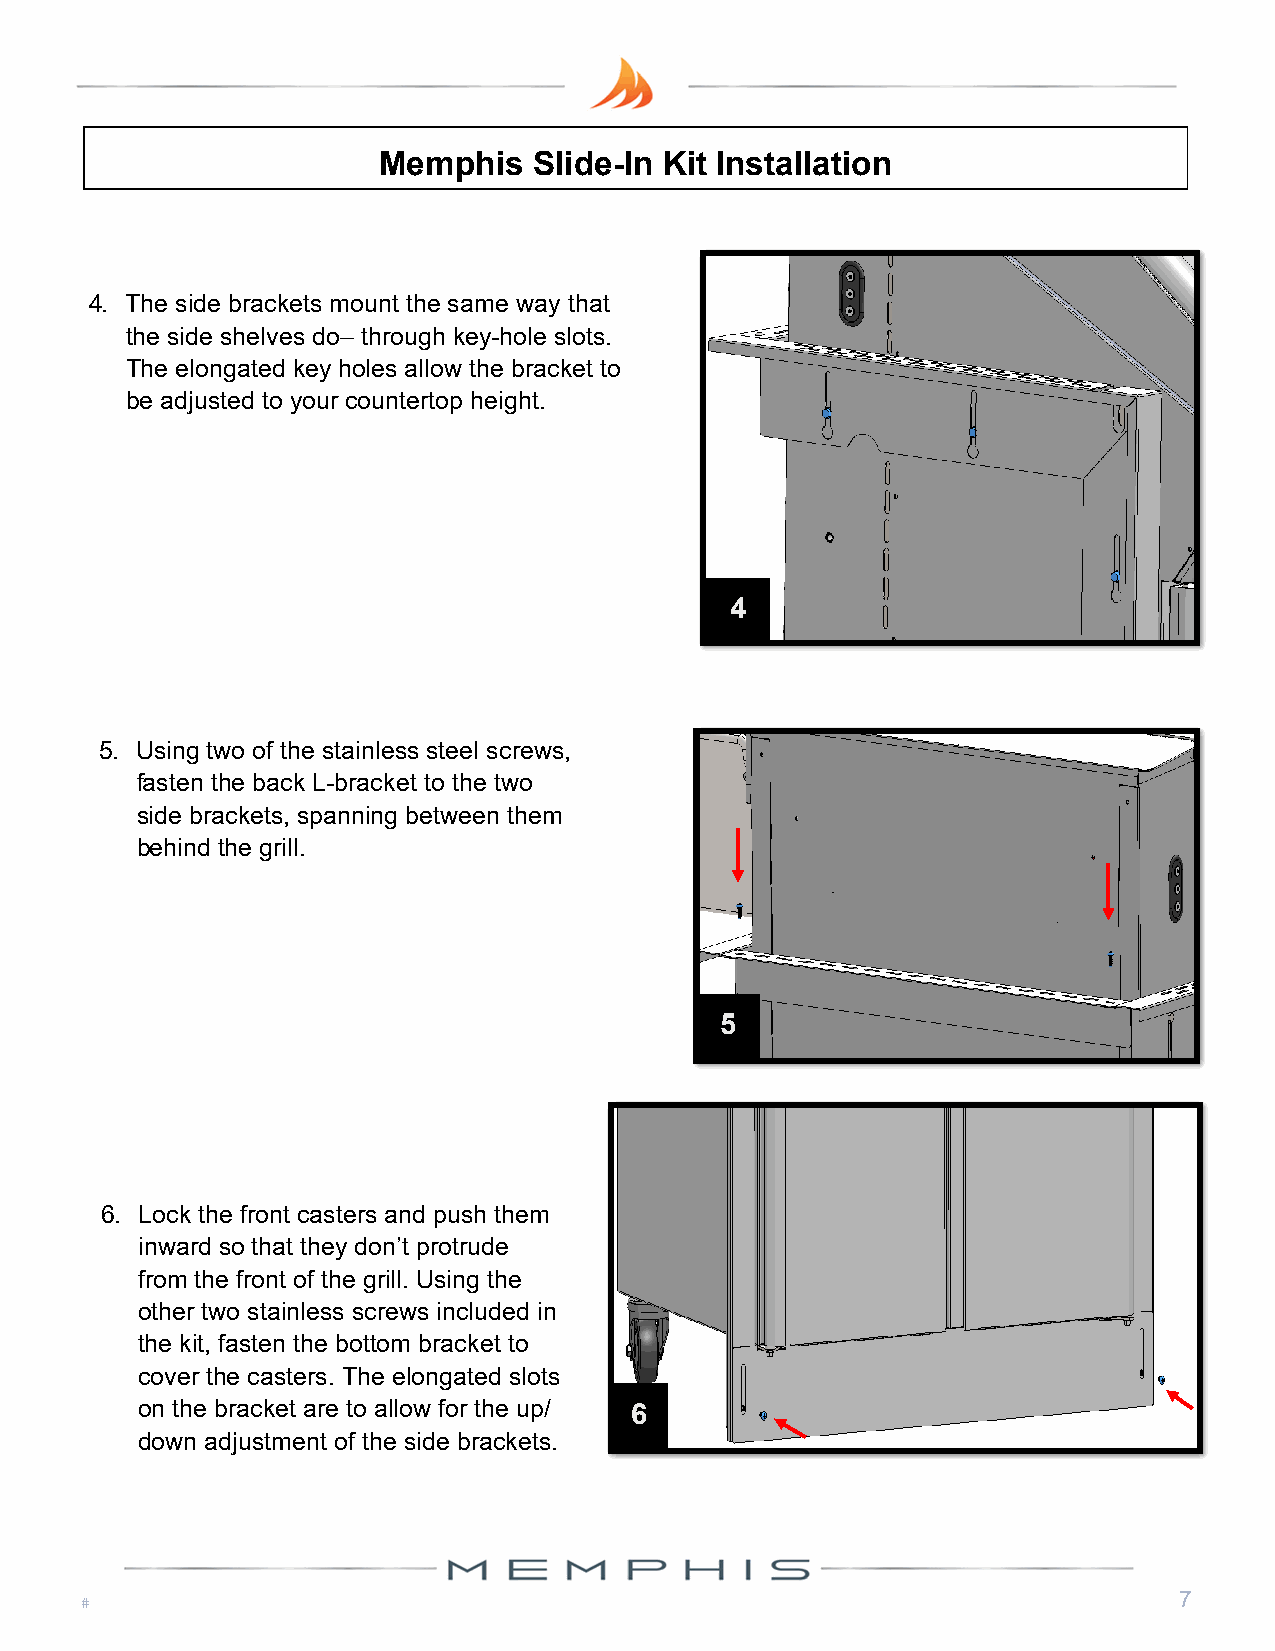
Memphis   Slide-In Kit Installation
 4. The side brackets mount the same way that
 the side shelves do– through key-hole slots.
 The elongated key holes allow the bracket to
 be adjusted to your countertop height.
 4
 5. Using two of the stainless steel screws,
 fasten the back L-bracket to the two
 side brackets, spanning between them
 behind the grill.
 5
 6. Lock the front casters and push them
 inward so that they don’t protrude
 from the front of the grill. Using the
 other two stainless screws included in
 the kit, fasten the bottom bracket to
 cover the casters. The elongated slots
 on the bracket are to allow for the up/ 6
 down adjustment of the side brackets.
 7